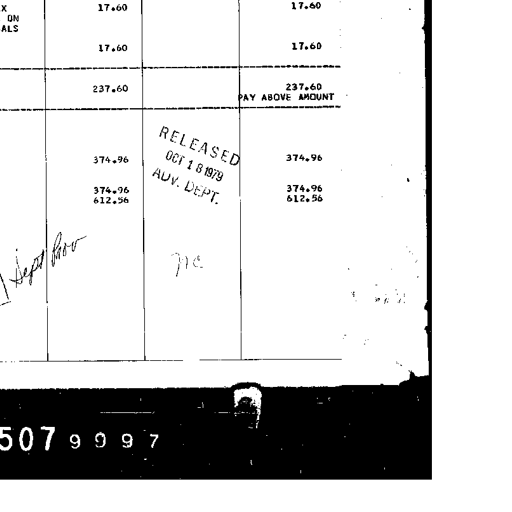
X
ON
ALS
17.60
17.60
17.60
17.60
237.60
237.60
PAY ABOVE AMOUNT
RELEASED
OCT 1 8 1979
ADV. DEPT.
374.96
374.96
374.96
612.56
374.96
612.56

Sept/Nov
MC

507 9 9 9 7